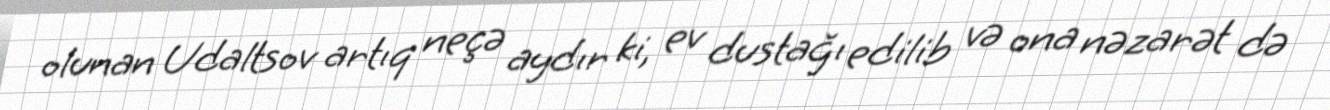
olunan Udaltsov artıq neçə aydır ki, ev dustağı edilib və ona nəzarət də